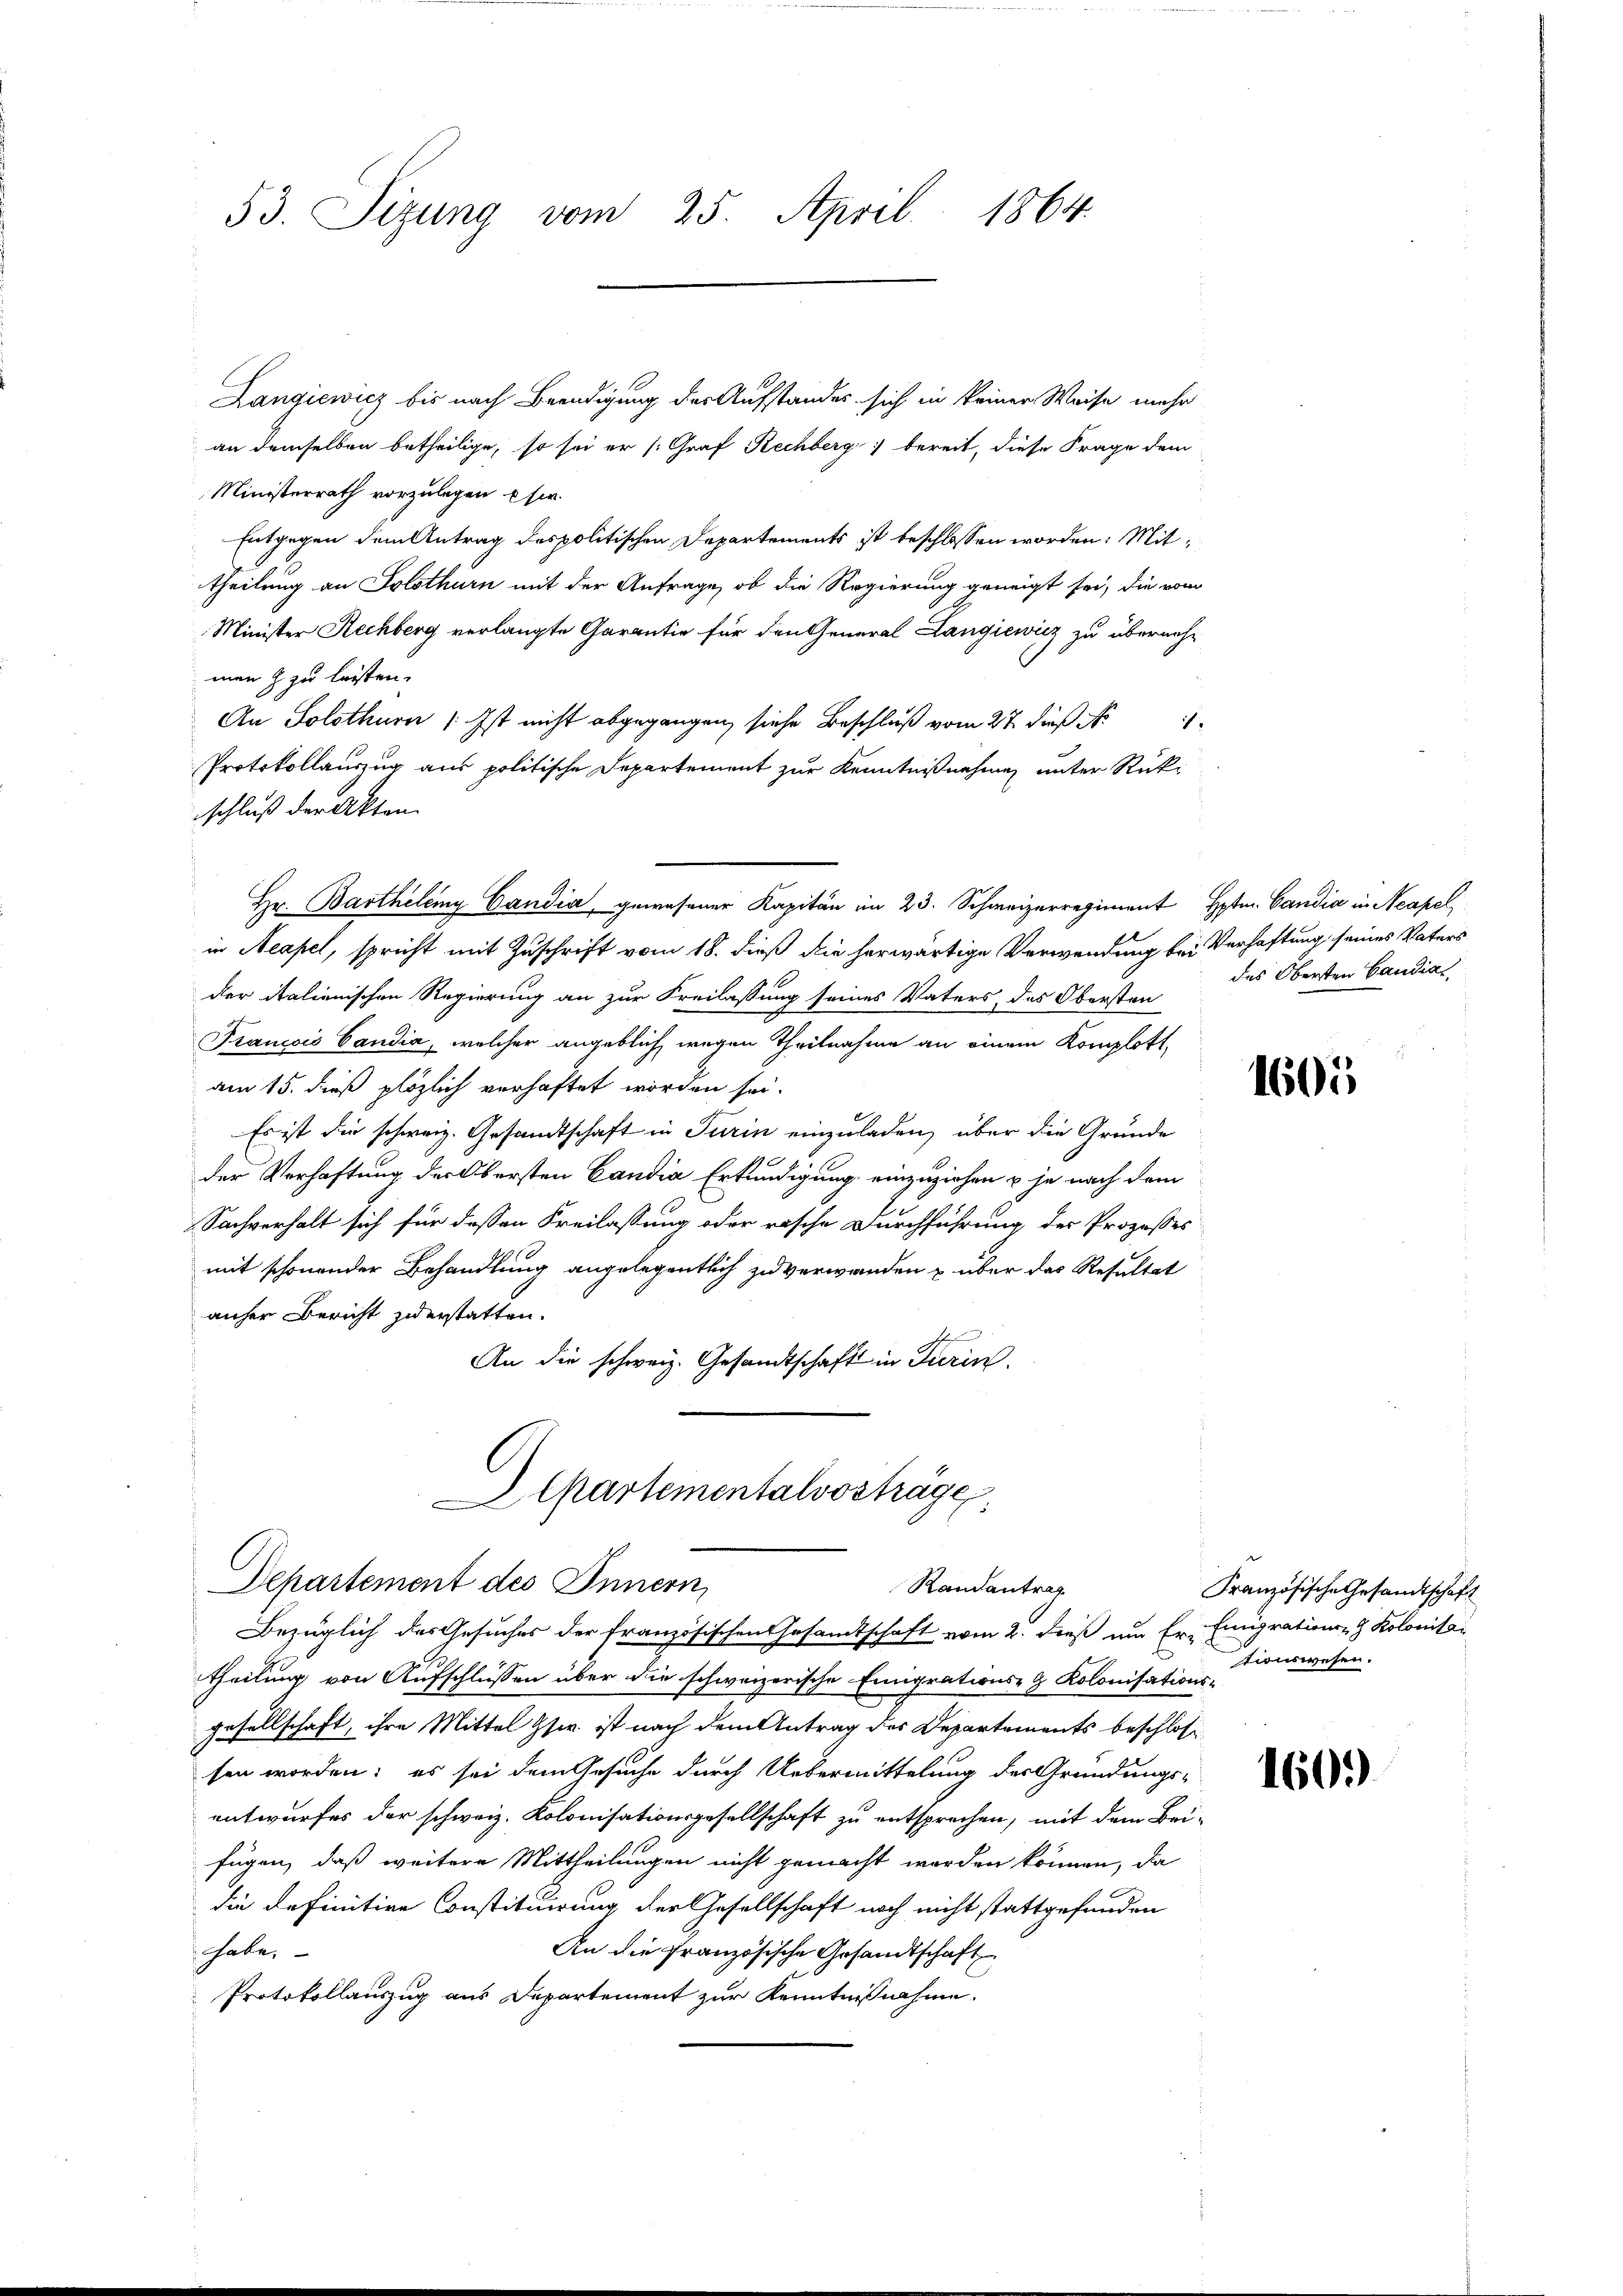
53. Sizung vom 25. April 1864

Langiewicz bis nach Beendigung der Aufstandes sich in keiner Weise mehr
an demselben betheilige, so sei er (Graf Rechberg bereit, diese Frage dem
Ministerrath vorzulegen usw.
Entgegen dem Antrag des politischen Departements ist beschlossen worden: Mittheilung an Solothurn mit der Anfrage, ob die Regierung geneigt sei, die vom
Minister Rechberg verlangte Garantie für den General Langiewicz zu übernehmen & zu leisten.
An Solothurn : Ist nicht abgegangen, siehe Beschluß vom 27. dieß N
1
Protokollauszug aus politische Departement zur Kenntnißnahmen unter Rückschluß der Akten.
Hr. Barthelemy Candia, gewesener Kapitän im 23. Schweizerregiment Hr. Candia in Neapel
in Neapel, spricht mit Zuschrift vom 18. dieß die herwärtige Verwendung bei Verhaftung seines Vaters
der italienischen Regierung an zur Freilassung seines Vaters, das Obersten
Prancois Candia, welcher angeblich wegen Theilnahme an einem Komplott
am 15. dieß plözlich verhaftet worden sei.
Es ist die schweiz. Gesandtschaft in Turin einzuladen, über die Grunde
der Verhaftung des Obersten Candia Erkundigung einzuziehen u je nach dem
Sachverhalt sich für dessen Freilassung oder rasche Durchführung der Prozesses
mit schonender Behandlung angelegentlich zu verwanden u über das Resultat
anher Bericht zuerstatten.
n
An die schweiz. Gesandtschaft in Turin.

Aepartementalvosträge,
Departement des Innern,
Randantrag
Bezüglich des Gesuches der französischen Gesandtschaft vom 2. dieß um Er- Emigrations Kolonitai

theilung von Aufschlüssen über die schweizerische Emigrations- & Kolonisations-
gesellschaft, ihre Mittel Gser ist nach dem Antrag des Departements beschlos
sen worden; es sei dem Gesuche durch Uebermittelung des Gründungs-
entwurfes der schweiz. Kolonisationsgesellschaft zu entsprechen, mit dem Bei-
fügen, daß weitere Mittheilungen nicht gemacht werden können, da
die definitive Constituirung der Gesellschaft noch nicht stattgefunden
habe.
An die Französische Gesandtschaft
Protokollauszug aus Departement zur Kenntnißnahme.

das Obersten Candia

1605

Französische Gesandtschaft
tionswesen.

1601)